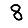
Digit: 8